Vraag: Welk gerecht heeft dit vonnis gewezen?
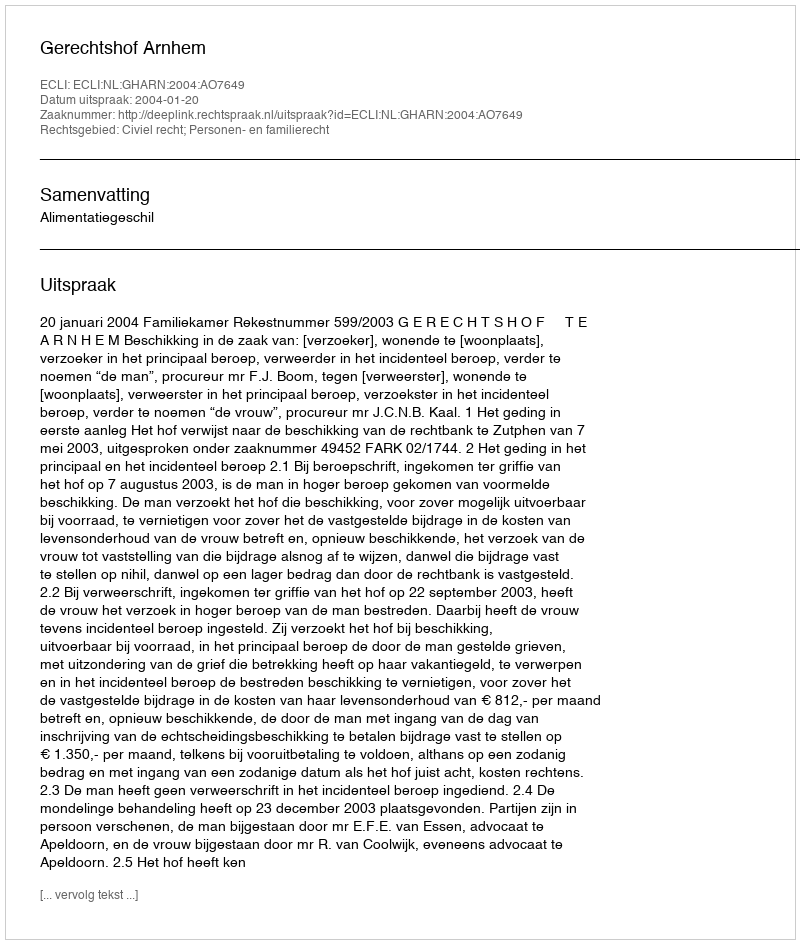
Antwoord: Gerechtshof Arnhem